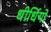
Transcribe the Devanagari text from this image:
धीर्धियो